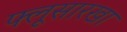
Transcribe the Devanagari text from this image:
फ्लूसारखा